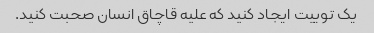
یک توییت ایجاد کنید که علیه قاچاق انسان صحبت کنید.